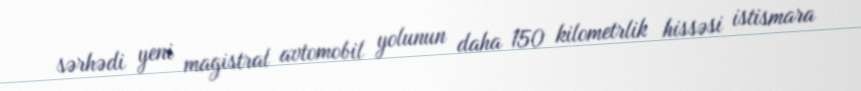
sərhədi yeni magistral avtomobil yolunun daha 150 kilometrlik hissəsi istismara